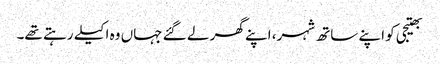
بھتیجی کو اپنے ساتھ شہر، اپنے گھر لے گئے جہاں وہ اکیلے رہتے تھے۔